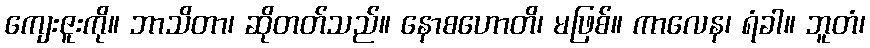
ကျေးဇူးကို။ ဘာသိတာ၊ ဆိုတတ်သည်။ နောစဟောတိ၊ မဖြစ်။ ကာလေန၊ ရံခါ။ ဘူတံ၊